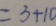
= 3 + 1 0